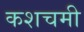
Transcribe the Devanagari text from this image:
कशचमी